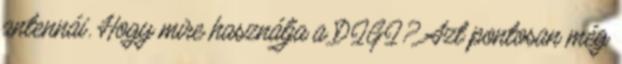
antennái. Hogy mire használja a DIGI? Azt pontosan még